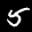
Label: 5